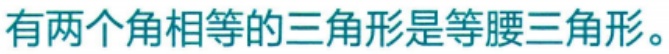
有两个角相等的三角形是等腰三角形。